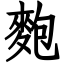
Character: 麭